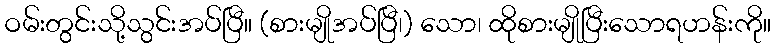
ဝမ်းတွင်းသို့သွင်းအပ်ပြီ။ (စားမျိုအပ်ပြီ၊) သော၊ ထိုစားမျိုပြီးသောရဟန်းကို။